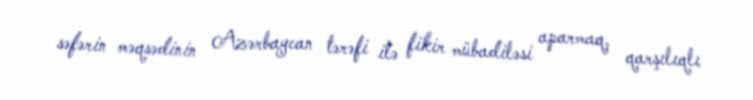
səfərin məqsədinin Azərbaycan tərəfi ilə fikir mübadiləsi aparmaq, qarşılıqlı